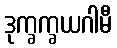
ဒုက္ခက္ခယဂါမီ